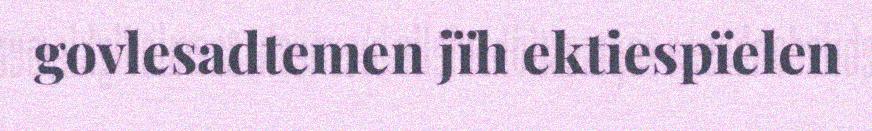
govlesadtemen jïh ektiespïelen